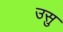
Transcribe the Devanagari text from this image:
उसु